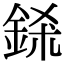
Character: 𨦅